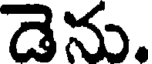
డెను.